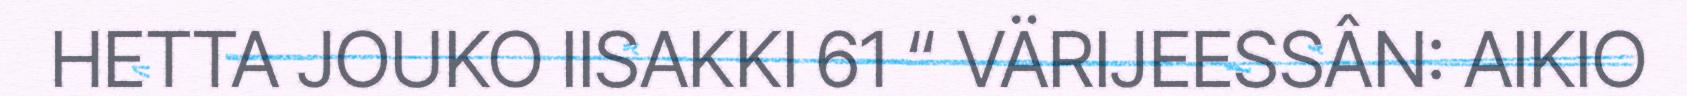
HETTA JOUKO IISAKKI 61 “ VÄRIJEESSÂN: AIKIO